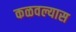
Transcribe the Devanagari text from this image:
कळवल्यास